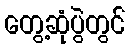
တွေ့ဆုံပွဲတွင်